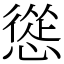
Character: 慫